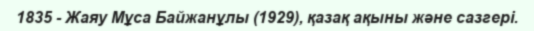
1835 - Жаяу Мұса Байжанұлы (1929), қазақ ақыны және сазгері.